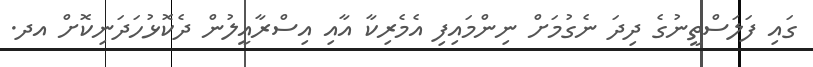
ގައި ފަލަސްތީނުގެ ދިދަ ނެގުމަށް ނިންމައިފި އެމެރިކާ އާއި އިސްރާއީލުން ދެކޮޅުހަދަނިކޮށް އދ.